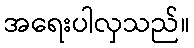
အရေးပါလှသည်။